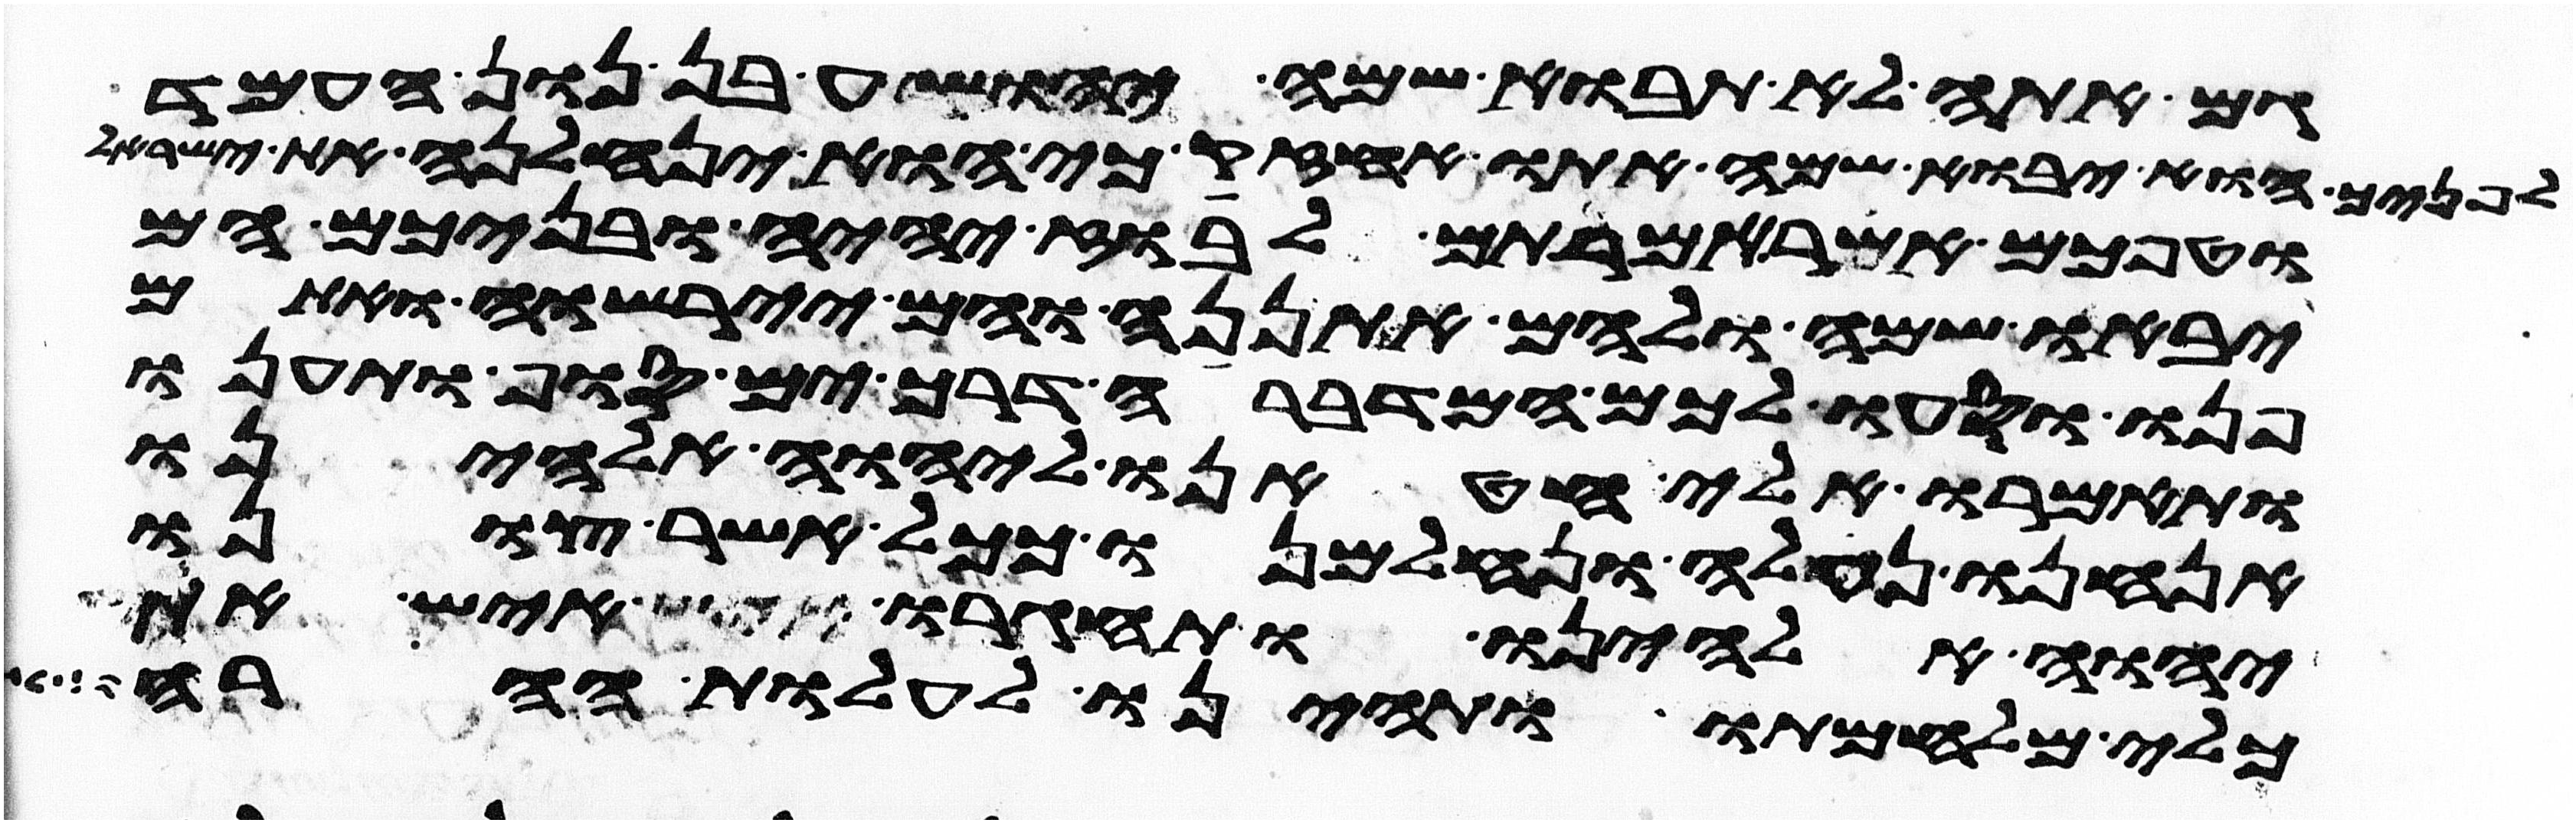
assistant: גם אתה לא תבוא שמה יהושע בן נון העמד
לפניך הוא יבוא שמה אתו אחזיק כי הוא ינחלנה את ישראל
וטפכם אשר אמרתם לבוז יהיה ובניכם הם
יבאו שם ולהם אתננה והם יירשוה ואתם
פנו וסעו לכם המדברה דרך ים סוף ותענו
ותאמרו אלי חטאנו ליהוה אלהינו
אנחנו נעלה ונלחמנו ככל אשר צונו
יהוה אלהינו ותחגרו איש את כלי
כלי מלחמתו ותהיינו לעלות ההרה